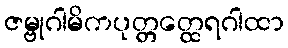
ဇမ္ဗုဂါမိကပုတ္တတ္ထေရဂါထာ